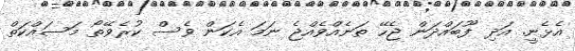
އެޅެނީ. އަދި ފޫބައްދަން ޖެހޭ ތަނެއްވެއްޖެ ނަމަ އެކަން ވެސް ކުރެވޭތޯ މަސައްކަތް